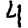
Digit: 4